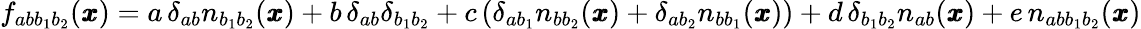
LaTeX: f_{ab{b}_{1}b_{2}}({\pmb x})=a\, \delta_{ab}n_{b_{1}b_{2}}({\pmb x})+b\, \delta_{ab}\delta_{b_{1}b_{2}}+c\, (\delta_{ab_{1}}n_{bb_{2}}({\pmb x})+\delta_{ab_{2}}n_{bb_{1}}({\pmb x}))+d\, \delta_{b_{1}b_{2}}n_{ab}({\pmb x})+e\, n_{abb_{1}b_{2}}({\pmb x})